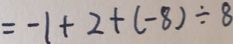
= - 1 + 2 + ( - 8 ) \div 8